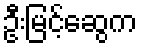
ဦးမြင့်ဆွေက